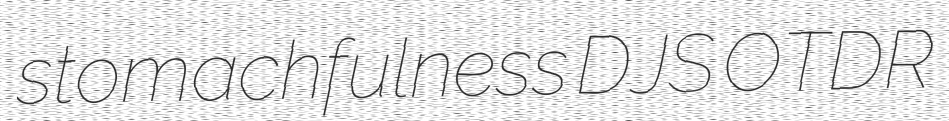
stomachfulness DJS OTDR